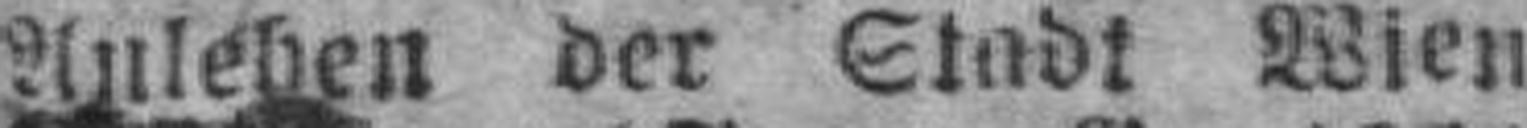
Anlehen der Stadt Wien